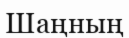
Шаңның